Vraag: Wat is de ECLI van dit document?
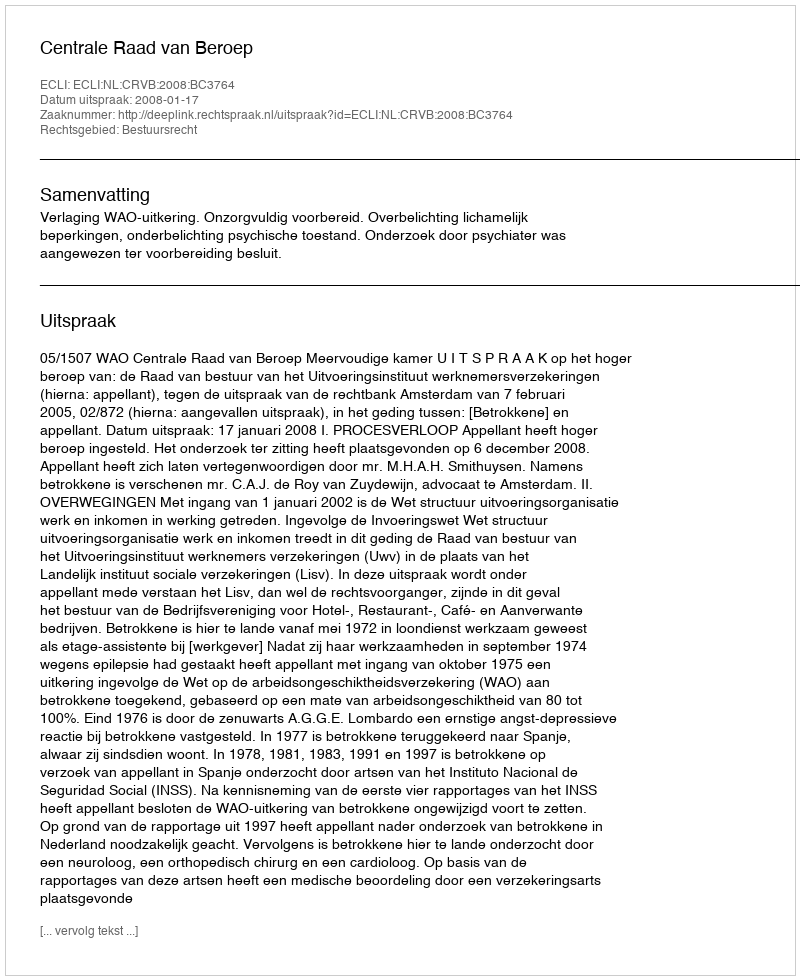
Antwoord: ECLI:NL:CRVB:2008:BC3764